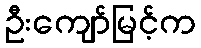
ဦးကျော်မြင့်က